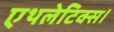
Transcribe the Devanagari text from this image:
एथलेटिक्स।